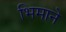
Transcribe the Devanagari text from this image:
भिमानेे